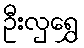
ဦးလှရွှေ